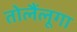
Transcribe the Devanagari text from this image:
तोलैंलूगा